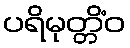
ပရိမုတ္တိံဝ